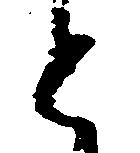
と